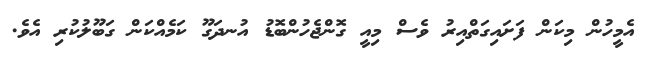
އެމީހުން މިކަން ފަށައިގަތްއިރު ވެސް މިއީ ގޮންޖެހުންބޮޑު އުނދަގޫ ކަމެއްކަން ގަބޫލުކުރި އެވެ.